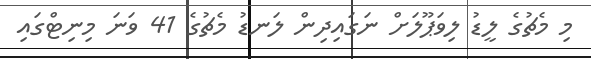
މި މެޗުގެ ލީޑު ލިވަޕޫލަށް ނަގައިދިން ލަނޑު މެޗުގެ 41 ވަނަ މިނިޓްގައި